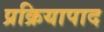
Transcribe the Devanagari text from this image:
प्रक्रियापाद